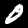
Digit: 0